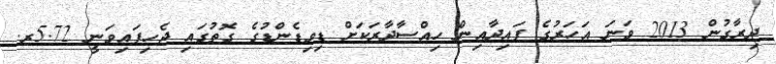
ދިރާގުން 2013 ވަނަ އަހަރުގެ ފައިދާއިން ހިއްސާދާރަކަށް ޑިވިޑެންޑުގެ ގޮތުގައި ޖެހިފައިވަނީ 5.72ރ.